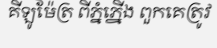
គីឡូម៉ែត្រ ពីភ្នំភ្នើង ពួកគេត្រូវ